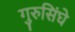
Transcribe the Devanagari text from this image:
गुरुसिंघे